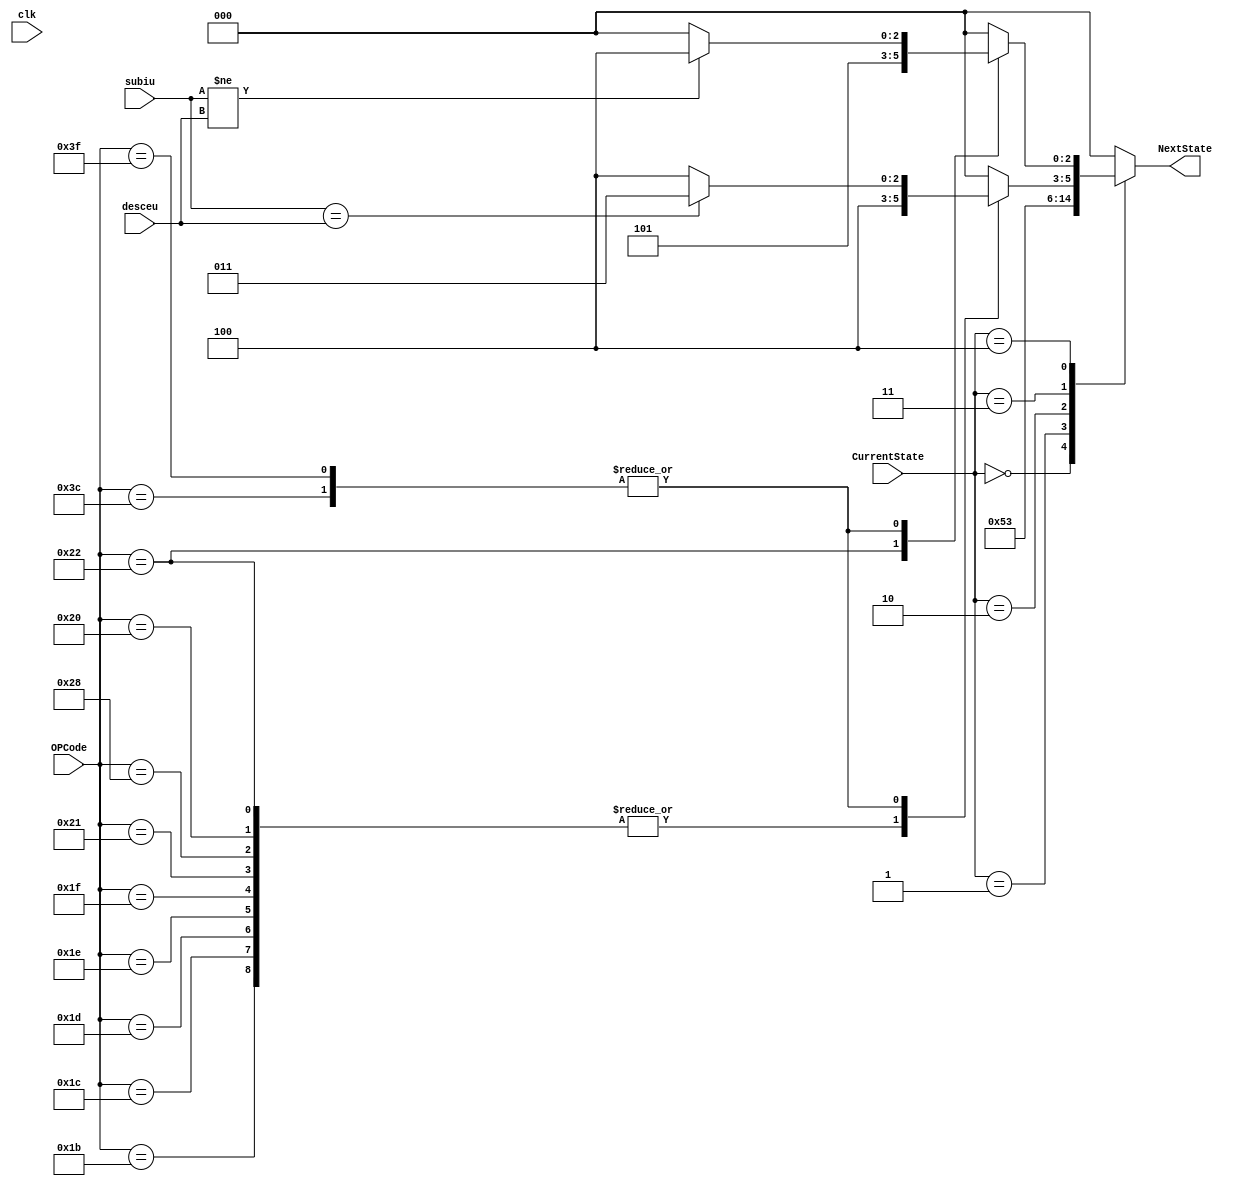
module ControlUnitNextState(
	output reg [2:0] NextState, 
	input [2:0] CurrentState, 
	input clk, 
	input [5:0] OPCode,
	input subiu,
	input desceu);

	always@(*)
	begin
		case(CurrentState)
			3'b000: NextState = 3'b001; //First cycle
			3'b001: NextState = 3'b010; //Second cycle
			3'b010: NextState = 3'b011; //Third cycle
			3'b011: //Fourth cycle
				case(OPCode)
					6'b011011: NextState = 3'b100;
					6'b011100: NextState = 3'b100;
					6'b011101: NextState = 3'b100;
					6'b011110: NextState = 3'b100;
					6'b011111: NextState = 3'b100;
					6'b100001: NextState = 3'b100;
					6'b100010: NextState = 3'b100;
					6'b101000: NextState = 3'b100;
					6'b100000: NextState = 3'b100;
					6'b111100:
					begin
						if(subiu == desceu)
							NextState = 3'b011;
						else
							NextState = 3'b100;
					end
					6'b111111:
					begin
						if(subiu == desceu)
							NextState = 3'b011;
						else
							NextState = 3'b100;
					end
					
					default NextState = 3'b000;
				endcase
			3'b100: //Fifth cycle
				case(OPCode)
					6'b100010: NextState = 3'b101;
					6'b111100:
					begin
						if(subiu != desceu)
							NextState = 3'b100;
						else
							NextState = 3'b000;
					end
					6'b111111:
					begin
						if(subiu != desceu)
							NextState = 3'b100;
						else
							NextState = 3'b000;
					end
					default NextState = 3'b000;
				endcase
			default: NextState = 3'b000;
		endcase
	end
	
	
endmodule